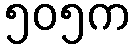
၅၀၅က